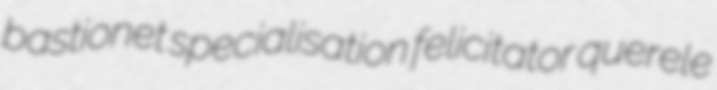
bastionet specialisation felicitator querele